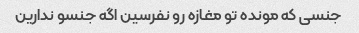
جنسی که مونده تو مغازه رو نفرسین اگه‌ جنسو ندارین